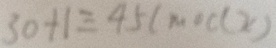
3 0 + 1 \equiv 4 5 ( m o d x )